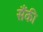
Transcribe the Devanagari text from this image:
सैंकी